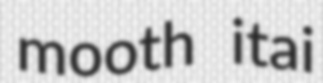
mooth itai